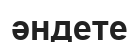
әндете